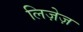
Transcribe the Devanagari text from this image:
लिज़ेज़